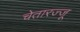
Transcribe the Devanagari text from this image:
चेतारज्जू